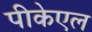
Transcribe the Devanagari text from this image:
पीकेएल